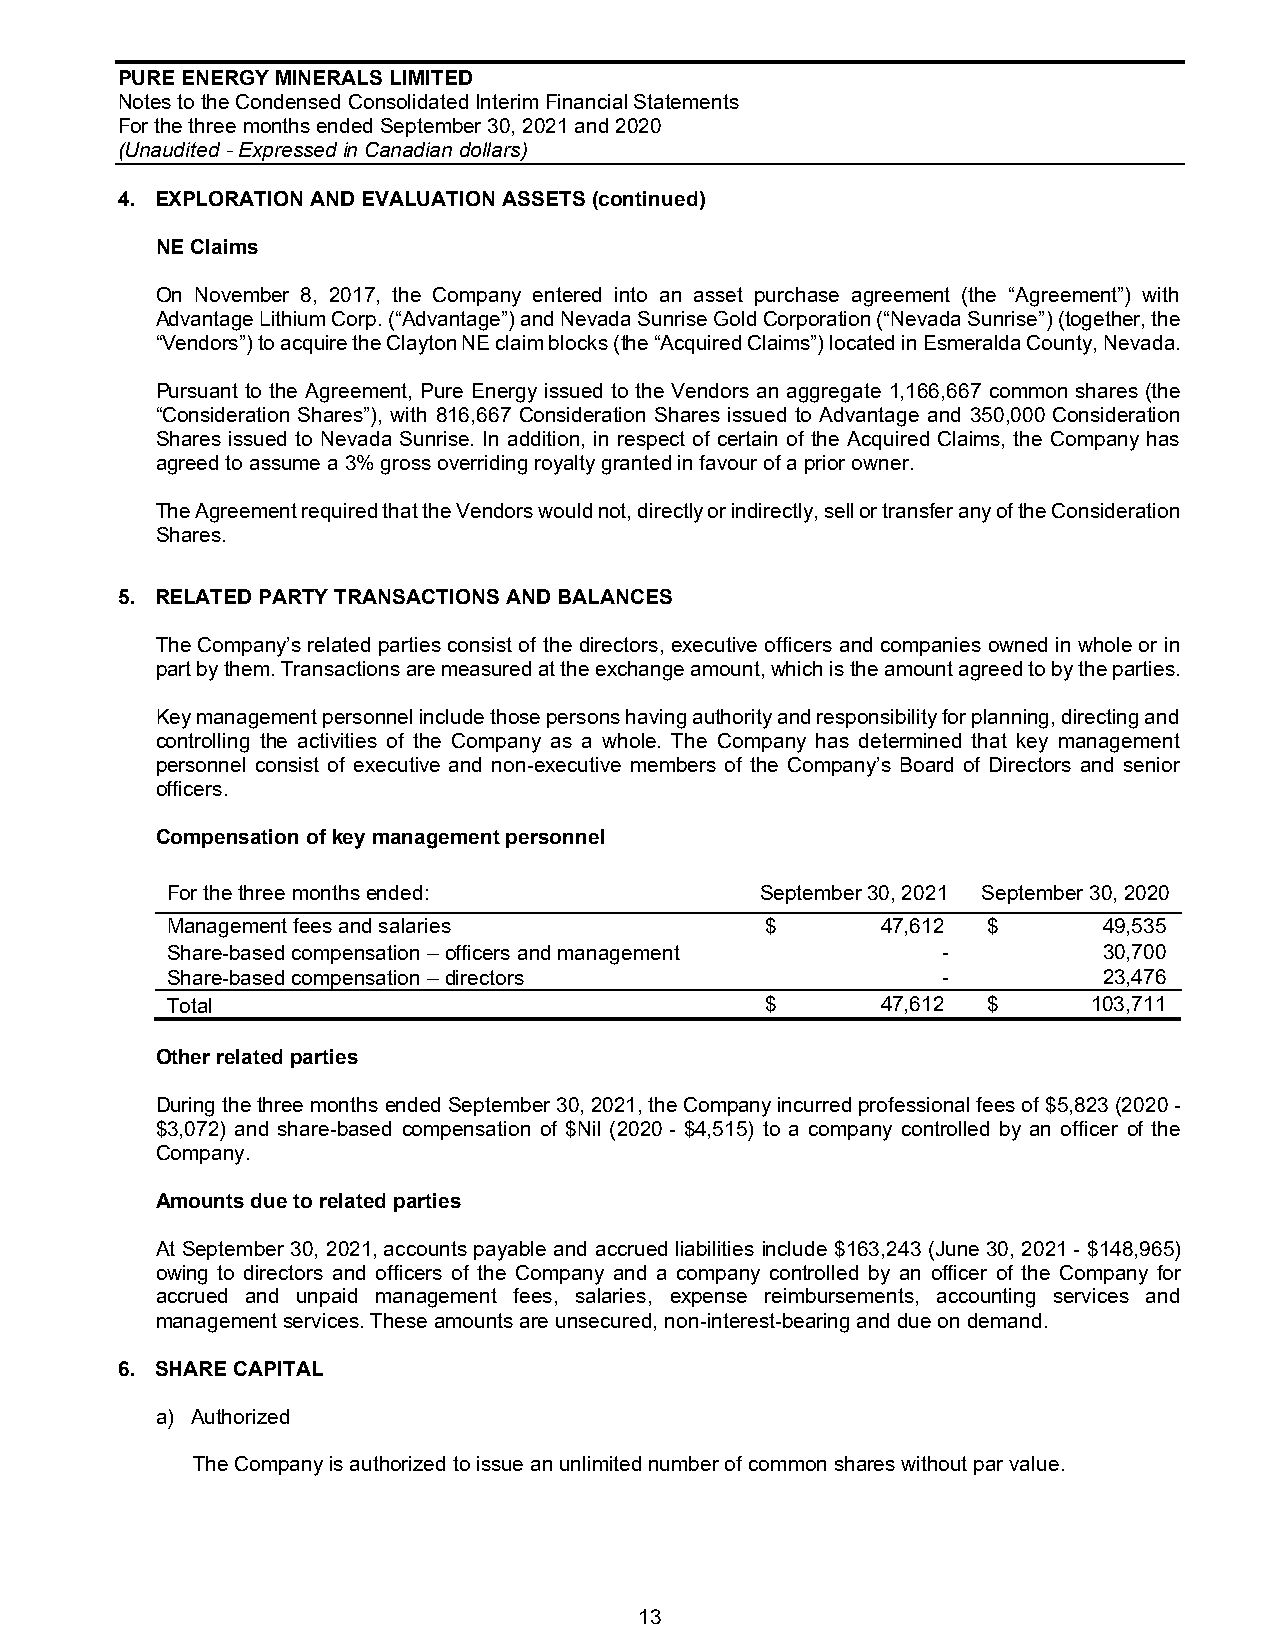
PURE ENERGY MINERALS LIMITED
 Notes to the Condensed Consolidated Interim Financial Statements
 For the three months ended September 30, 2021 and 2020
 (Unaudited - Expressed in Canadian dollars)
 4. EXPLORATION AND EVALUATION ASSETS (continued)
 NE Claims
 On November 8, 2017, the Company entered into an asset purchase agreement (the “Agreement”) with
 Advantage Lithium Corp. (“Advantage”) and Nevada Sunrise Gold Corporation (“Nevada Sunrise”) (together, the
 “Vendors”) to acquire the Clayton NE claim blocks (the “Acquired Claims”) located in Esmeralda County, Nevada.
 Pursuant to the Agreement, Pure Energy issued to the Vendors an aggregate 1,166,667 common shares (the
 “Consideration Shares”), with 816,667 Consideration Shares issued to Advantage and 350,000 Consideration
 Shares issued to Nevada Sunrise. In addition, in respect of certain of the Acquired Claims, the Company has
 agreed to assume a 3% gross overriding royalty granted in favour of a prior owner.
 The Agreement required that the Vendors would not, directly or indirectly, sell or transfer any of the Consideration
 Shares.
 5. RELATED PARTY TRANSACTIONS AND BALANCES
 The Company’s related parties consist of the directors, executive officers and companies owned in whole or in
 part by them. Transactions are measured at the exchange amount, which is the amount agreed to by the parties.
 Key management personnel include those persons having authority and responsibility for planning, directing and
 controlling the activities of the Company as a whole. The Company has determined that key management
 personnel consist of executive and non-executive members of the Company’s Board of Directors and senior
 officers.
 Compensation of key management personnel
 For the three months ended:            September 30, 2021 September 30, 2020
 Management fees and salaries            $      47,612 $       49,535
 Share-based compensation – officers and management -          30,700
 Share-based compensation – directors               -          23,476
 Total                                   $      47,612 $      103,711
 Other related parties
 During the three months ended September 30, 2021, the Company incurred professional fees of $5,823 (2020 -
 $3,072) and share-based compensation of $Nil (2020 - $4,515) to a company controlled by an officer of the
 Company.
 Amounts due to related parties
 At September 30, 2021, accounts payable and accrued liabilities include $163,243 (June 30, 2021 - $148,965)
 owing to directors and officers of the Company and a company controlled by an officer of the Company for
 accrued and unpaid management fees, salaries, expense reimbursements, accounting services and
 management services. These amounts are unsecured, non-interest-bearing and due on demand.
 6. SHARE CAPITAL
 a) Authorized
 The Company is authorized to issue an unlimited number of common shares without par value.
 13